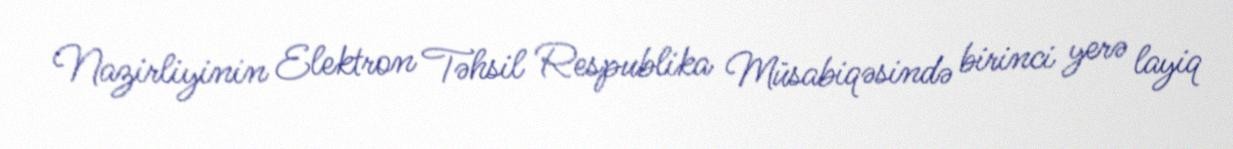
Nazirliyinin Elektron Təhsil Respublika Müsabiqəsində birinci yerə layiq